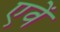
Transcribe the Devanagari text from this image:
एवें